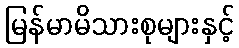
မြန်မာမိသားစုများနှင့်